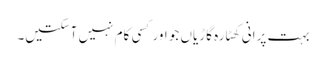
بہت پرانی کھٹارہ گاڑیاں جو اور کسی کام نہیں آسکتیں۔